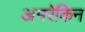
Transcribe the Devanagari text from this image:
अमरेकिन